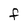
Character: f